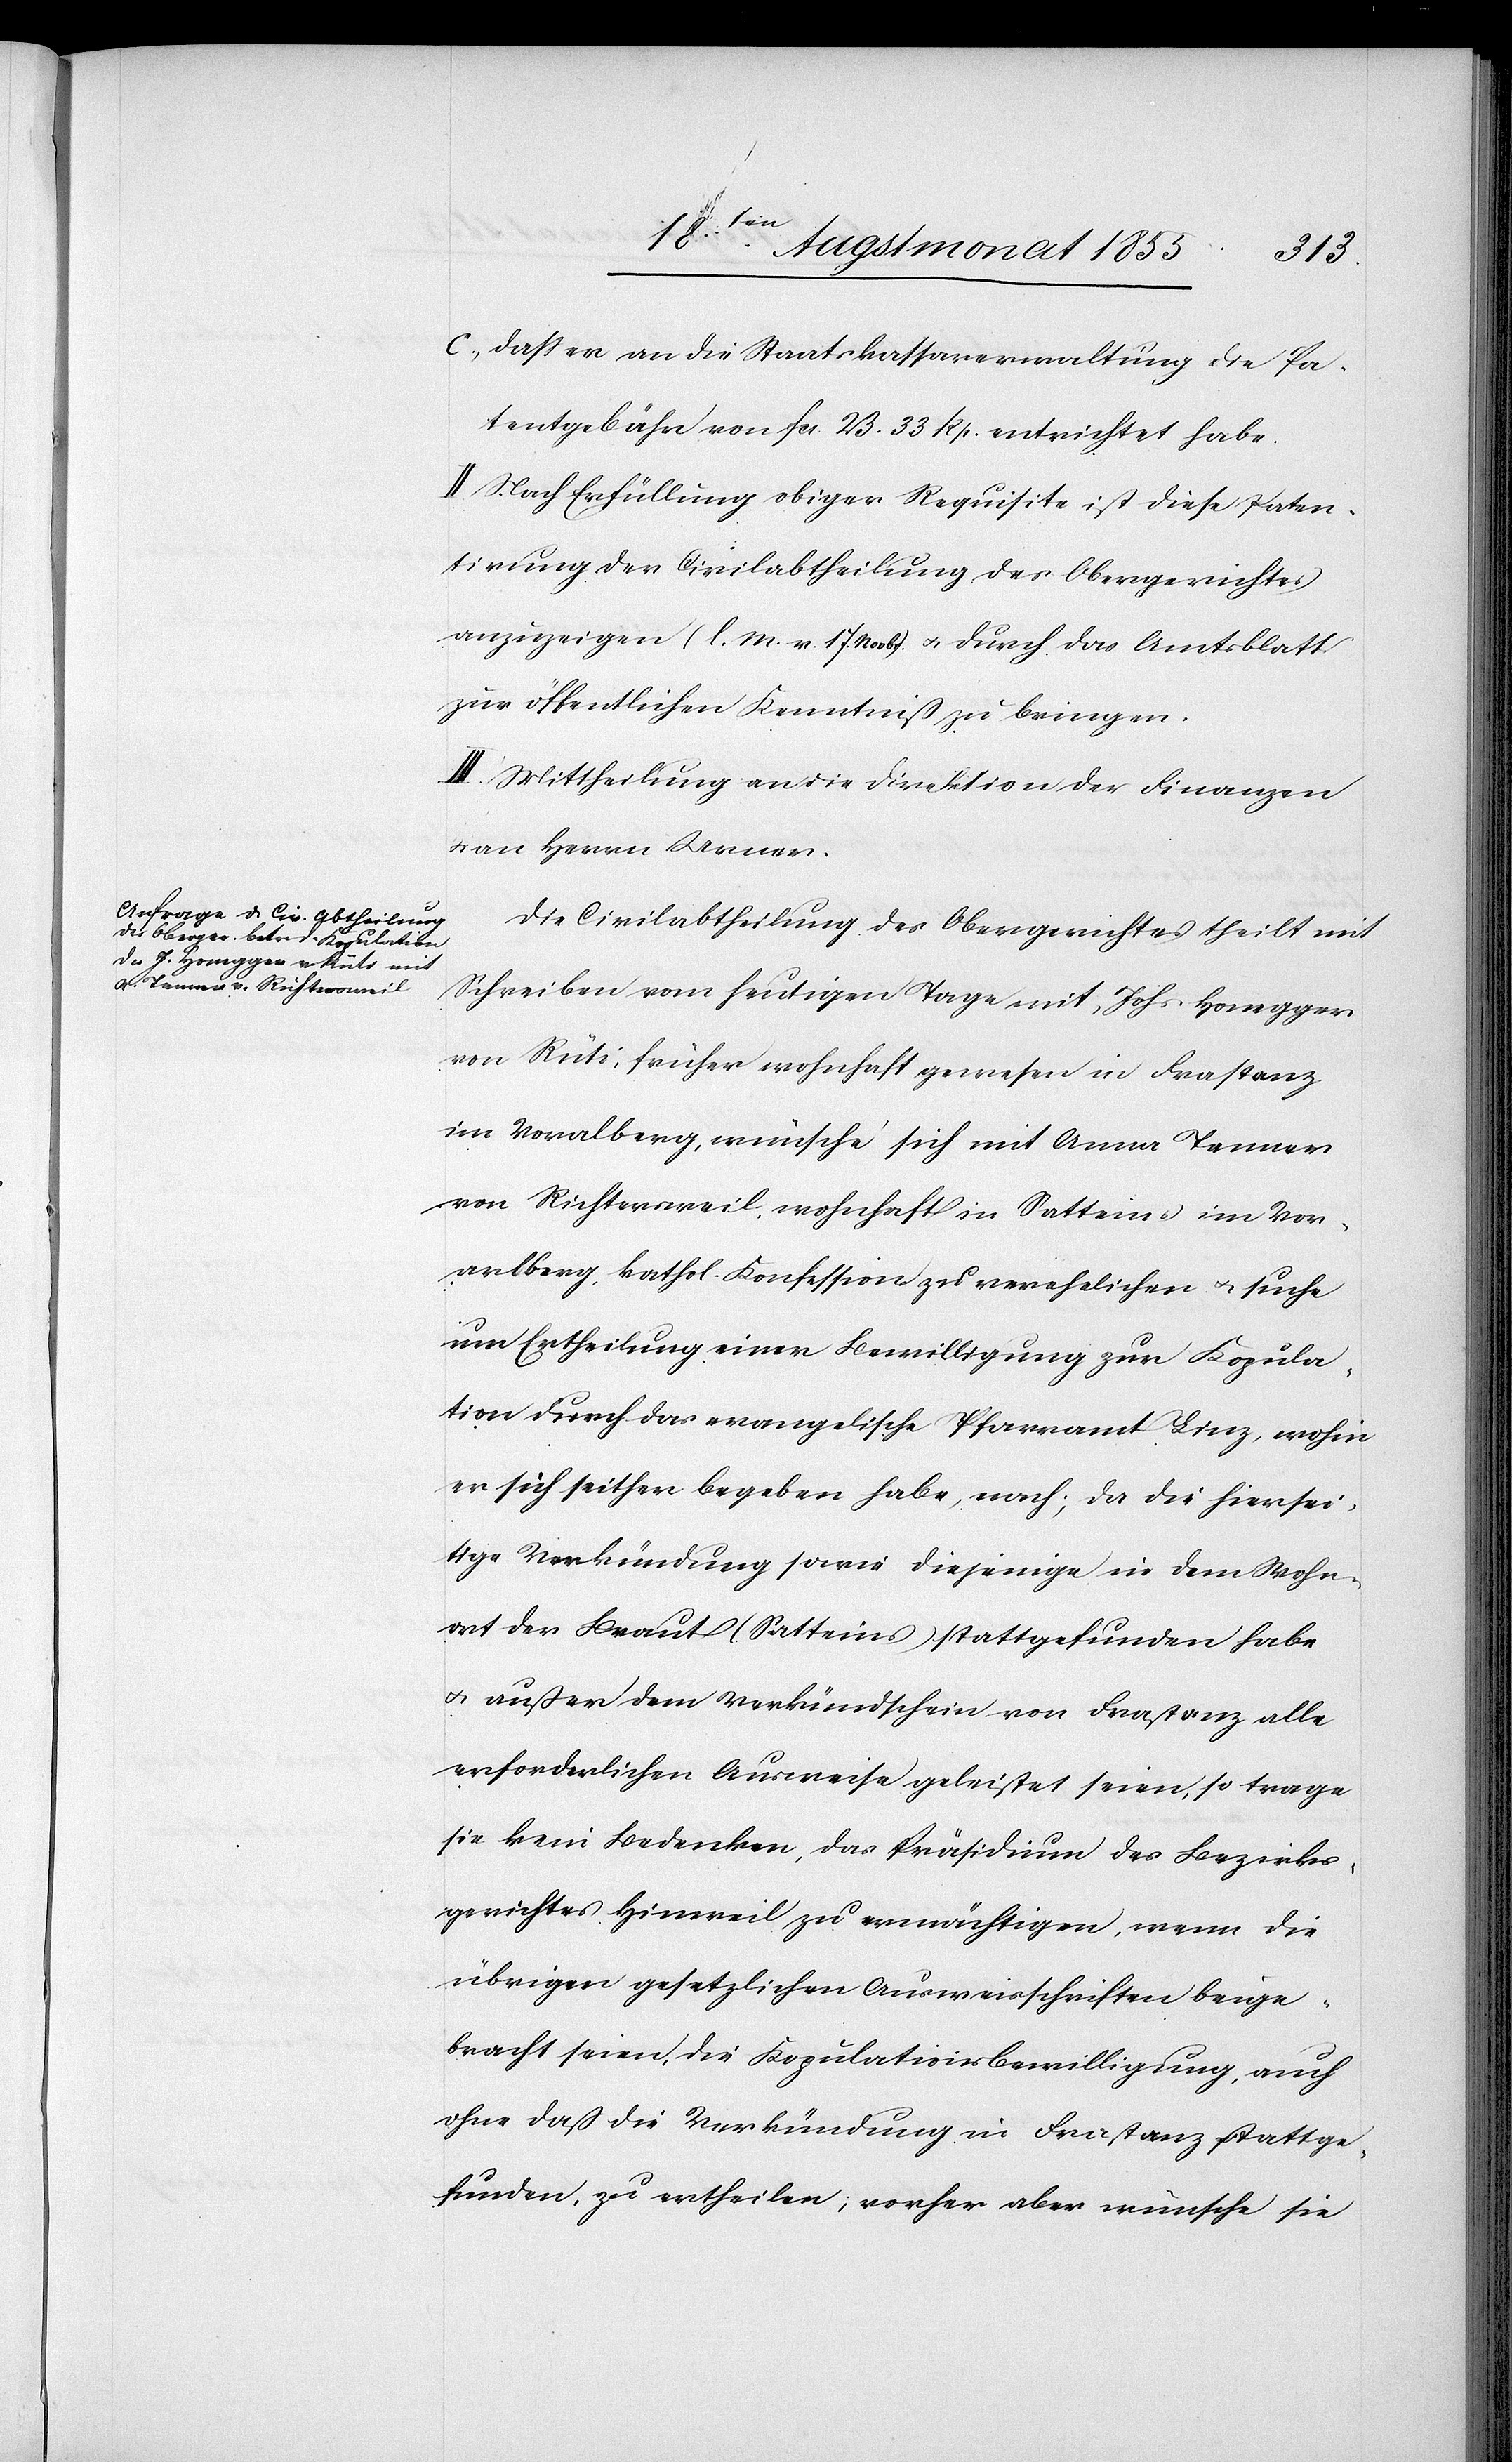
daß er an die Staatskassaverwaltung die Pa¬
tentgebühr von Fcs. 23. 33 Rp. entrichtet habe.
II. Nach Erfüllung obiger Requisite ist diese Paten¬
tirung der Civilabtheilung des Obergerichtes
anzuzeigen (l. M. v. 17. Novbr.) & durch das Amtsblatt
zur öffentlichen Kenntniß zu bringen.
III. Mittheilung an die Direktion der Finanzen
an Herrn Urner.
Die Civilabtheilung des Obergerichtes theilt mit
Schreiben vom heutigen Tage mit, Johs. Honegger
von Rüti, früher wohnhaft gewesen in Frastanz
im Vora[r]lberg, wünsche sich mit Anna T[?a]nner
von Richtersweil, wohnhaft in Satteins im Vor¬
arlberg, kathol. Konfession zu verehelichen & suche
um Ertheilung einer Bewilligung zur Kopula¬
tion durch das evangelische Pfarramt Linz, wohin
er sich seither begeben habe, nach; da die hiersei¬
tige Verkündung sowie diejenige in dem Wohn¬
ort der Braut (Satteins) stattgefunden habe
& außer dem Verkündschein von Frastanz alle
erforderlichen Ausweise geleistet seien, so trage
sie kein Bedenken, das Präsidium des Bezirks¬
gerichtes Hinweil zu ermächtigen, wenn die
übrigen gesetzlichen Ausweisschriften beige¬
bracht seien, die Kopulationsbewilligung, auch
ohne daß die Verkündung in Frastanz stattge¬
funden, zu ertheilen; vorher aber wünsche sie